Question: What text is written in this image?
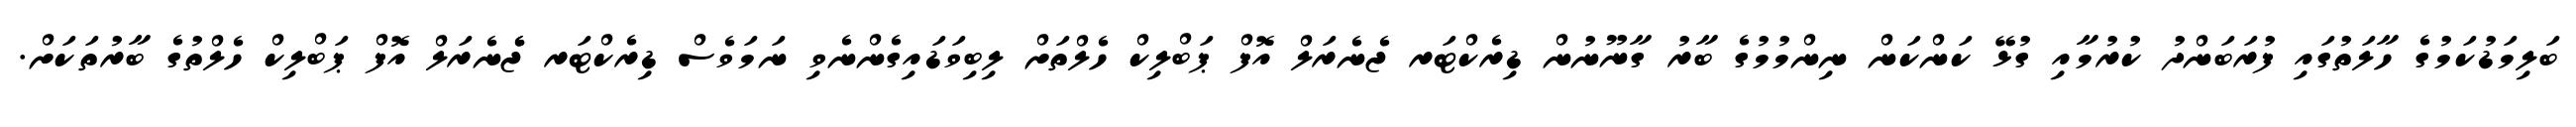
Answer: ބަލިމަޑުކަމުގެ ހާލަތުގައި ފުރަބަންދު ކުރުމާއި ގުޅޭ ކަންކަން ނިންމުމުގެ ބާރު ގާނޫނުން ޑިރެކްޓަރ ޖެނެރަލް އޮފް ޕަބްލިކް ހެލްތަށް ލިބިވަޑައިގެންނެވި ނަމަވެސް ޑިރެކްޓަރ ޖެެނެރަލް އޮފް ޕަބްލިކް ހެލްތުގެ ބާރުތަކަށް.